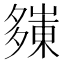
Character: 𭑀